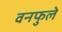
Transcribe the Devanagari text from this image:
वनफुले